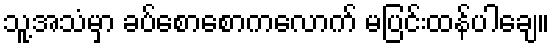
သူ့အသံမှာ ခပ်စောစောကလောက် မပြင်းထန်ပါချေ။